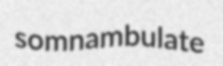
somnambulate